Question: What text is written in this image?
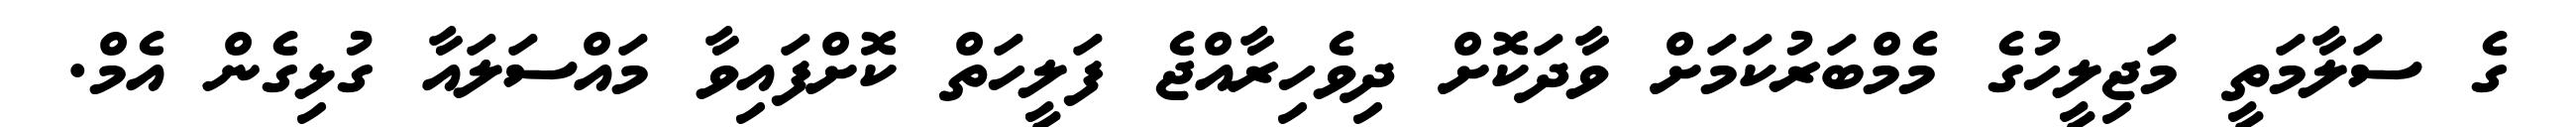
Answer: ގެ ސަލާމަތީ މަޖިލީހުގެ މެމްބަރުކަމަށް ވާދަކޮށް ދިވެހިރާއްޖެ ފަލީހަތް ކޮށްފައިވާ މައްސަލައާ ގުޅިގެން އެމް.